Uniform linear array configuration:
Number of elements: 12
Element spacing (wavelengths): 0.75
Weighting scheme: hann
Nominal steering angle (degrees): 15
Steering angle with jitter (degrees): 15.726
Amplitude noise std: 0.05
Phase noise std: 0.05

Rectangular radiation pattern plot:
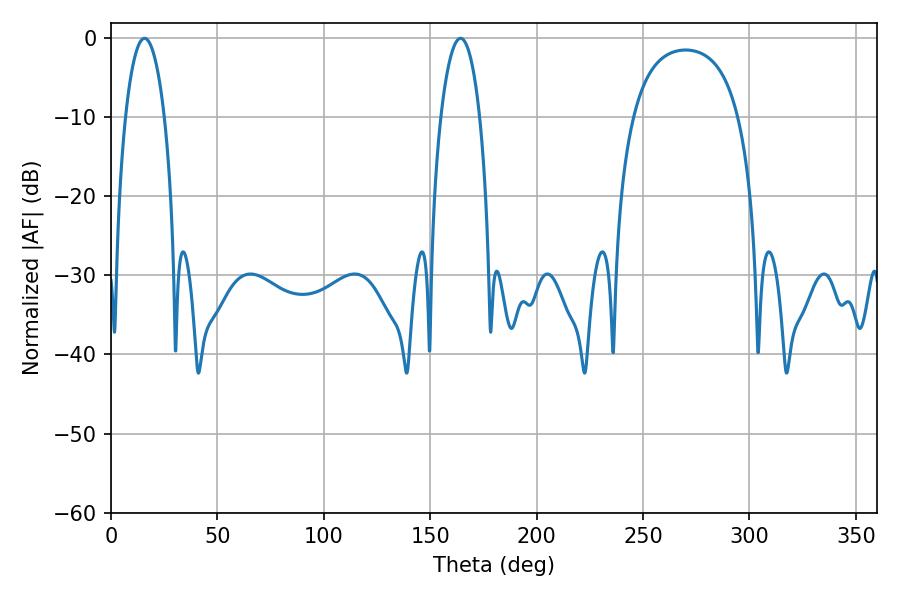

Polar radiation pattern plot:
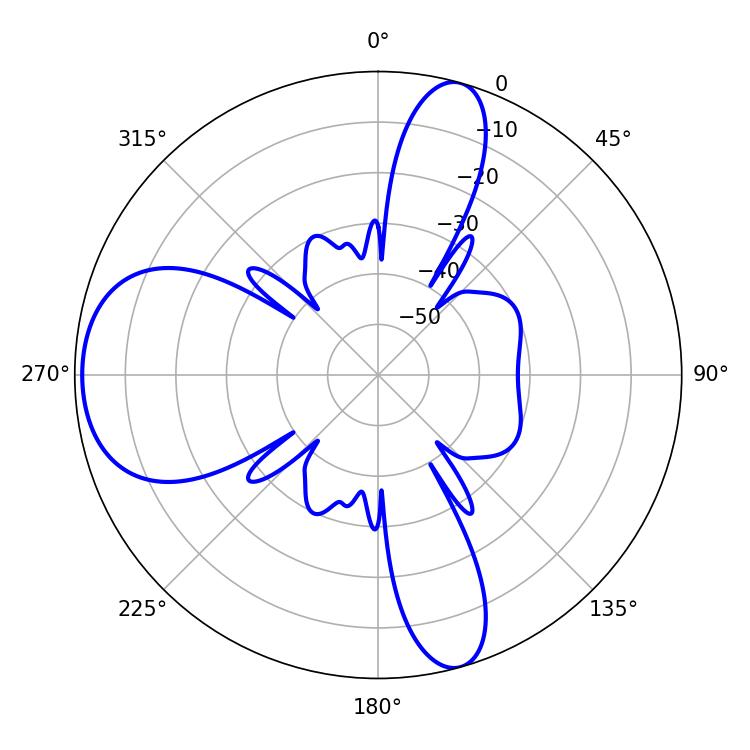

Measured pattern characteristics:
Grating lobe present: TRUE
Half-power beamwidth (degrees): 10.26
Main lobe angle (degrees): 15.84